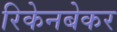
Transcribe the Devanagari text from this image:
रिकेनबेकर